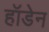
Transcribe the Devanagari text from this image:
हॉडेन